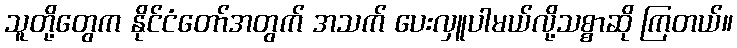
သူတို့တွေက နိုင်ငံတော်အတွက် အသက် ပေးလှူပါမယ်လို့သစ္စာဆို ကြတယ်။